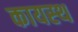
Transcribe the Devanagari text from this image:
कायस्‍थ